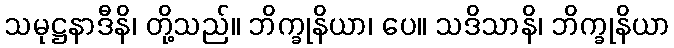
သမုဋ္ဌနာဒီနိ၊ တို့သည်။ ဘိက္ခုနိယာ၊ ပေ။ သဒိသာနိ၊ ဘိက္ခုနိယာ